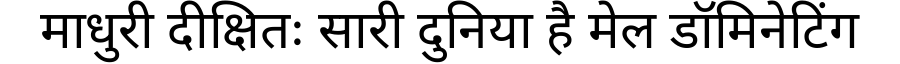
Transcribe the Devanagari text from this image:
माधुरी दीक्षितः सारी दुनिया है मेल डॉमिनेटिंग